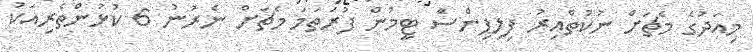
މިއަދުގެ މެޗަށް ނުކުތްއިރު ފިލިޕިންސް ޓީމުން ފުރަތަމަ މެޗަށް ނެރުނު 6 ކުޅުންތެރިއަކު